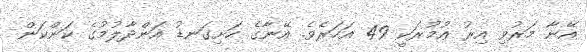
އޭނާ މަރުވި އިރު ޢުމުރަކީ 49 އަހަރެވެ. އޭނާގެ ހަށިގަނޑު އަންދާލުމުގެ ކަންކަން